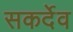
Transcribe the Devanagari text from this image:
सकर्देव